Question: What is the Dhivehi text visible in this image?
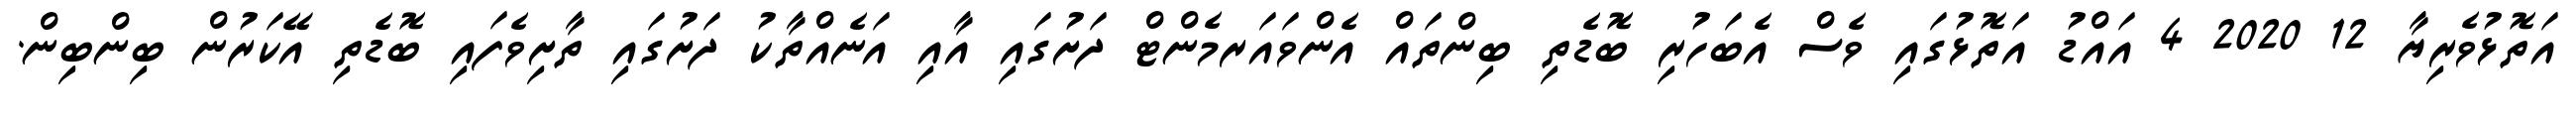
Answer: އަތޮޅުވެރިޔާ 12 2020 4 އައްޑު އަތޮޅުގައި ވެސް އެބަހުރި ބޮޑެތި ބިންތައް އެންވައަރމެންޓް ދަށުގައި އާއި އަނެއްތާކު ދަށުގައި ތާށިވެފައި ބޮޑެތި އޭކަރުން ބިންބިން.